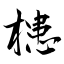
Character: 槵